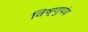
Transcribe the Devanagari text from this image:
विष्णुपंथ